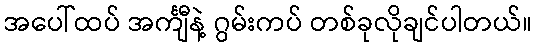
အပေါ်ထပ် အင်္ကျီနဲ့ ဂွမ်းကပ် တစ်ခုလိုချင်ပါတယ်။